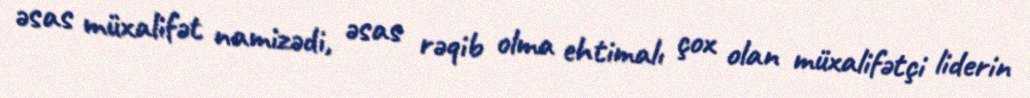
əsas müxalifət namizədi, əsas rəqib olma ehtimalı çox olan müxalifətçi liderin